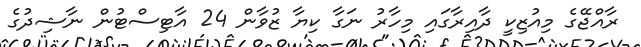
ރާއްޖޭގެ މިއުޒިކީ ދާއިރާގައި މިހާރު ނަގާ ކިޔާ ޒުވާން 24 އާޓިސްޓުން ނާޝިދުގެ